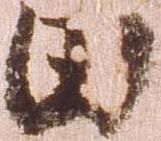
田